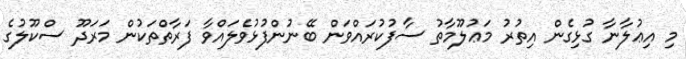
މި އިޢުލާނާ ގުޅިގެން އިތުރު މަޢުލޫމާތު ސާފުކުރައްވަން ބޭނުންފުޅުވެލައްވާ ފަރާތްތަކުން މަރަދޫ ސްކޫލުގެ